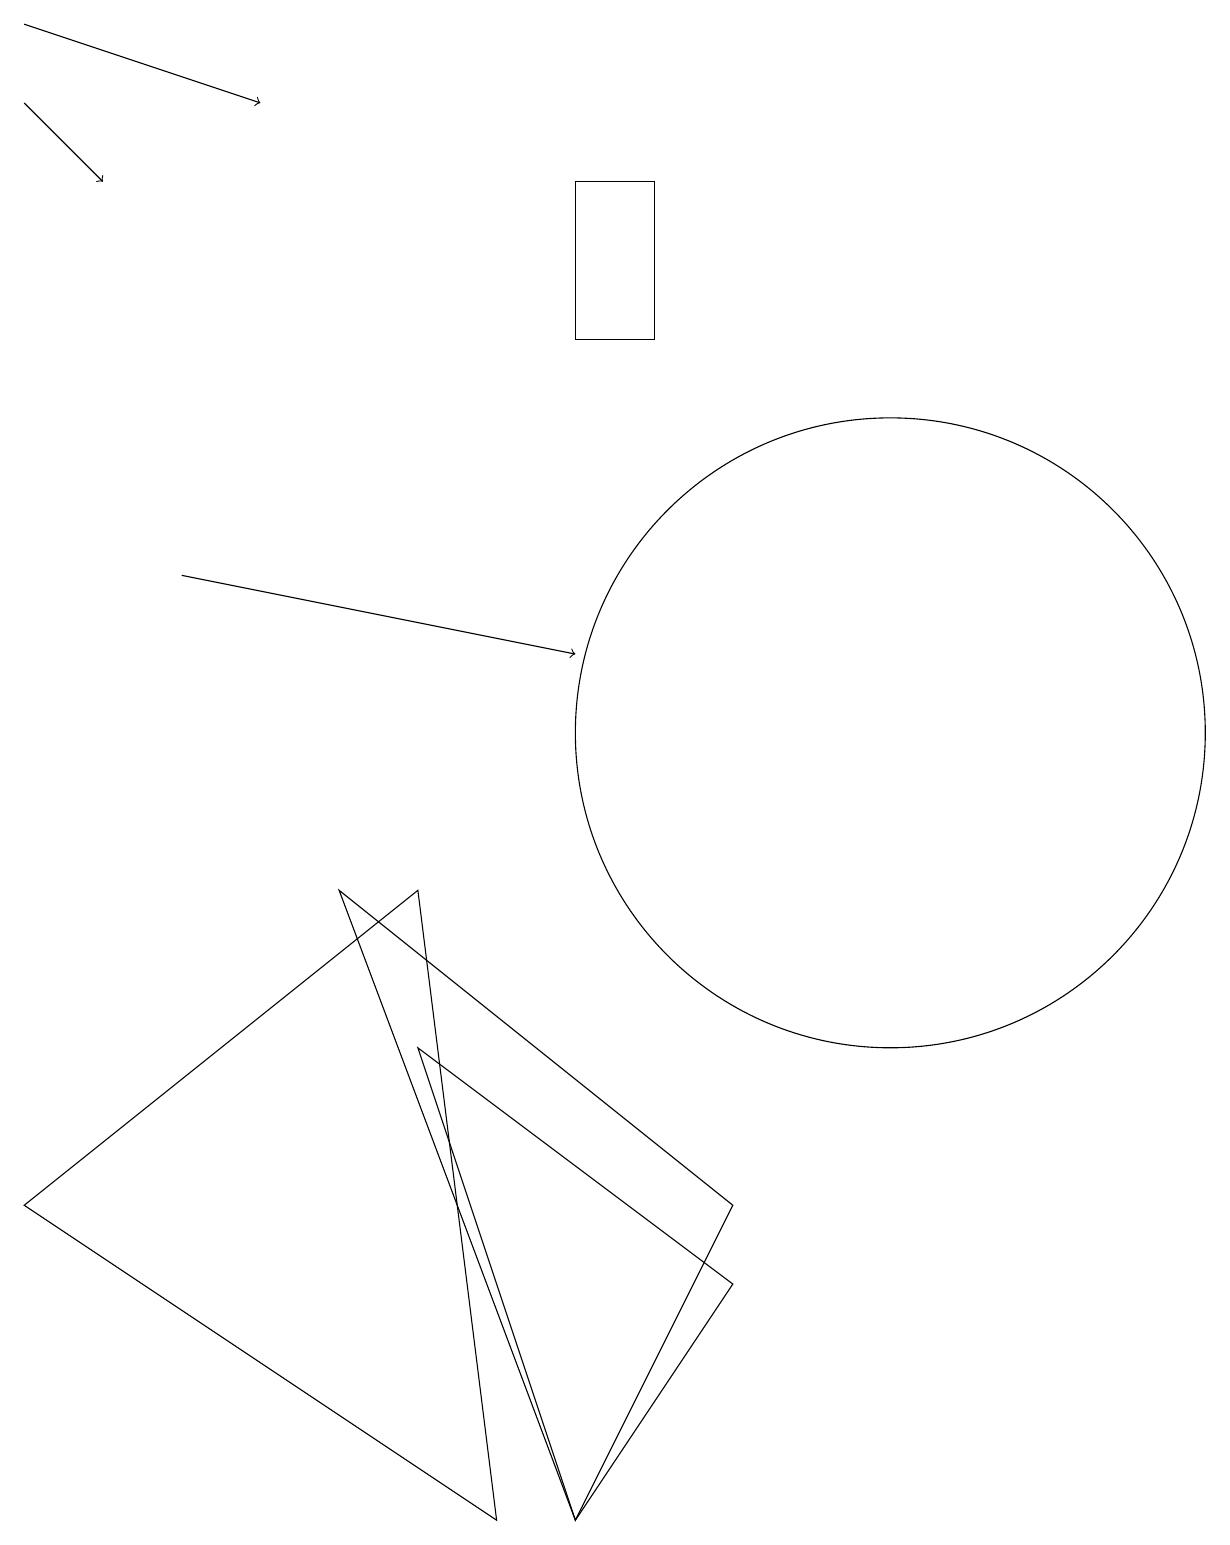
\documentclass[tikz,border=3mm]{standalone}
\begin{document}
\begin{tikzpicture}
\draw (5,6) -- (7,0) -- (9,3) -- cycle;
\draw[->] (0,18) -- (1,17);
\draw[->] (2,12) -- (7,11);
\draw (6,0) -- (0,4) -- (5,8) -- cycle;
\draw (4,8) -- (7,0) -- (9,4) -- cycle;
\draw (11,10) circle (4);
\draw[->] (0,19) -- (3,18);
\draw (7,17) rectangle (8,15);
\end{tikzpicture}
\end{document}